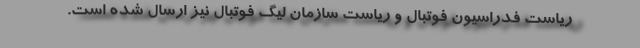
ریاست فدراسیون فوتبال و ریاست سازمان لیگ فوتبال نیز ارسال شده است.